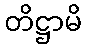
တိဋ္ဌာမိ